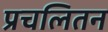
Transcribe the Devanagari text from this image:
प्रचलितन